Document type: Sale
Year: 1354
Scribe: Bernat de Torre
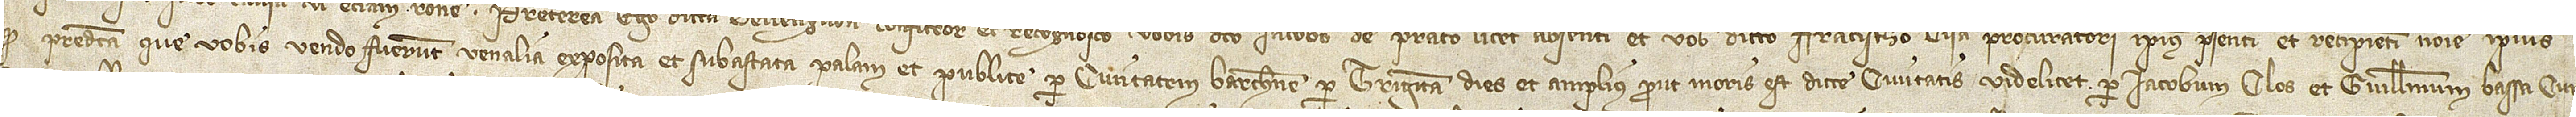
quod predicta que vobis vendo fuerunt venalia exposita et subastata palam et publice per civitatem Barchinone per triginta dies et amplius, prout moris est dicte civitatis, videlicet, per Iacobum Clos et Guillelmum Bassa, cur-